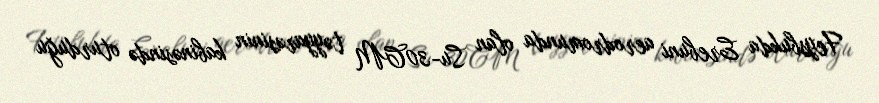
Feysbukda Erebuni aerodromunda olan Su-30CM təyyarəsinin kabinəsində oturduğu